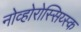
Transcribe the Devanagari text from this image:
नोव्होरोस्सिय्स्क